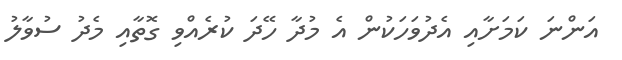
އަންނަ ކަމަށާއި އެދުވަހަކުން އެ މުދާ ހޭދަ ކުރެއްވި ގޮތާއި މެދު ސުވާލު